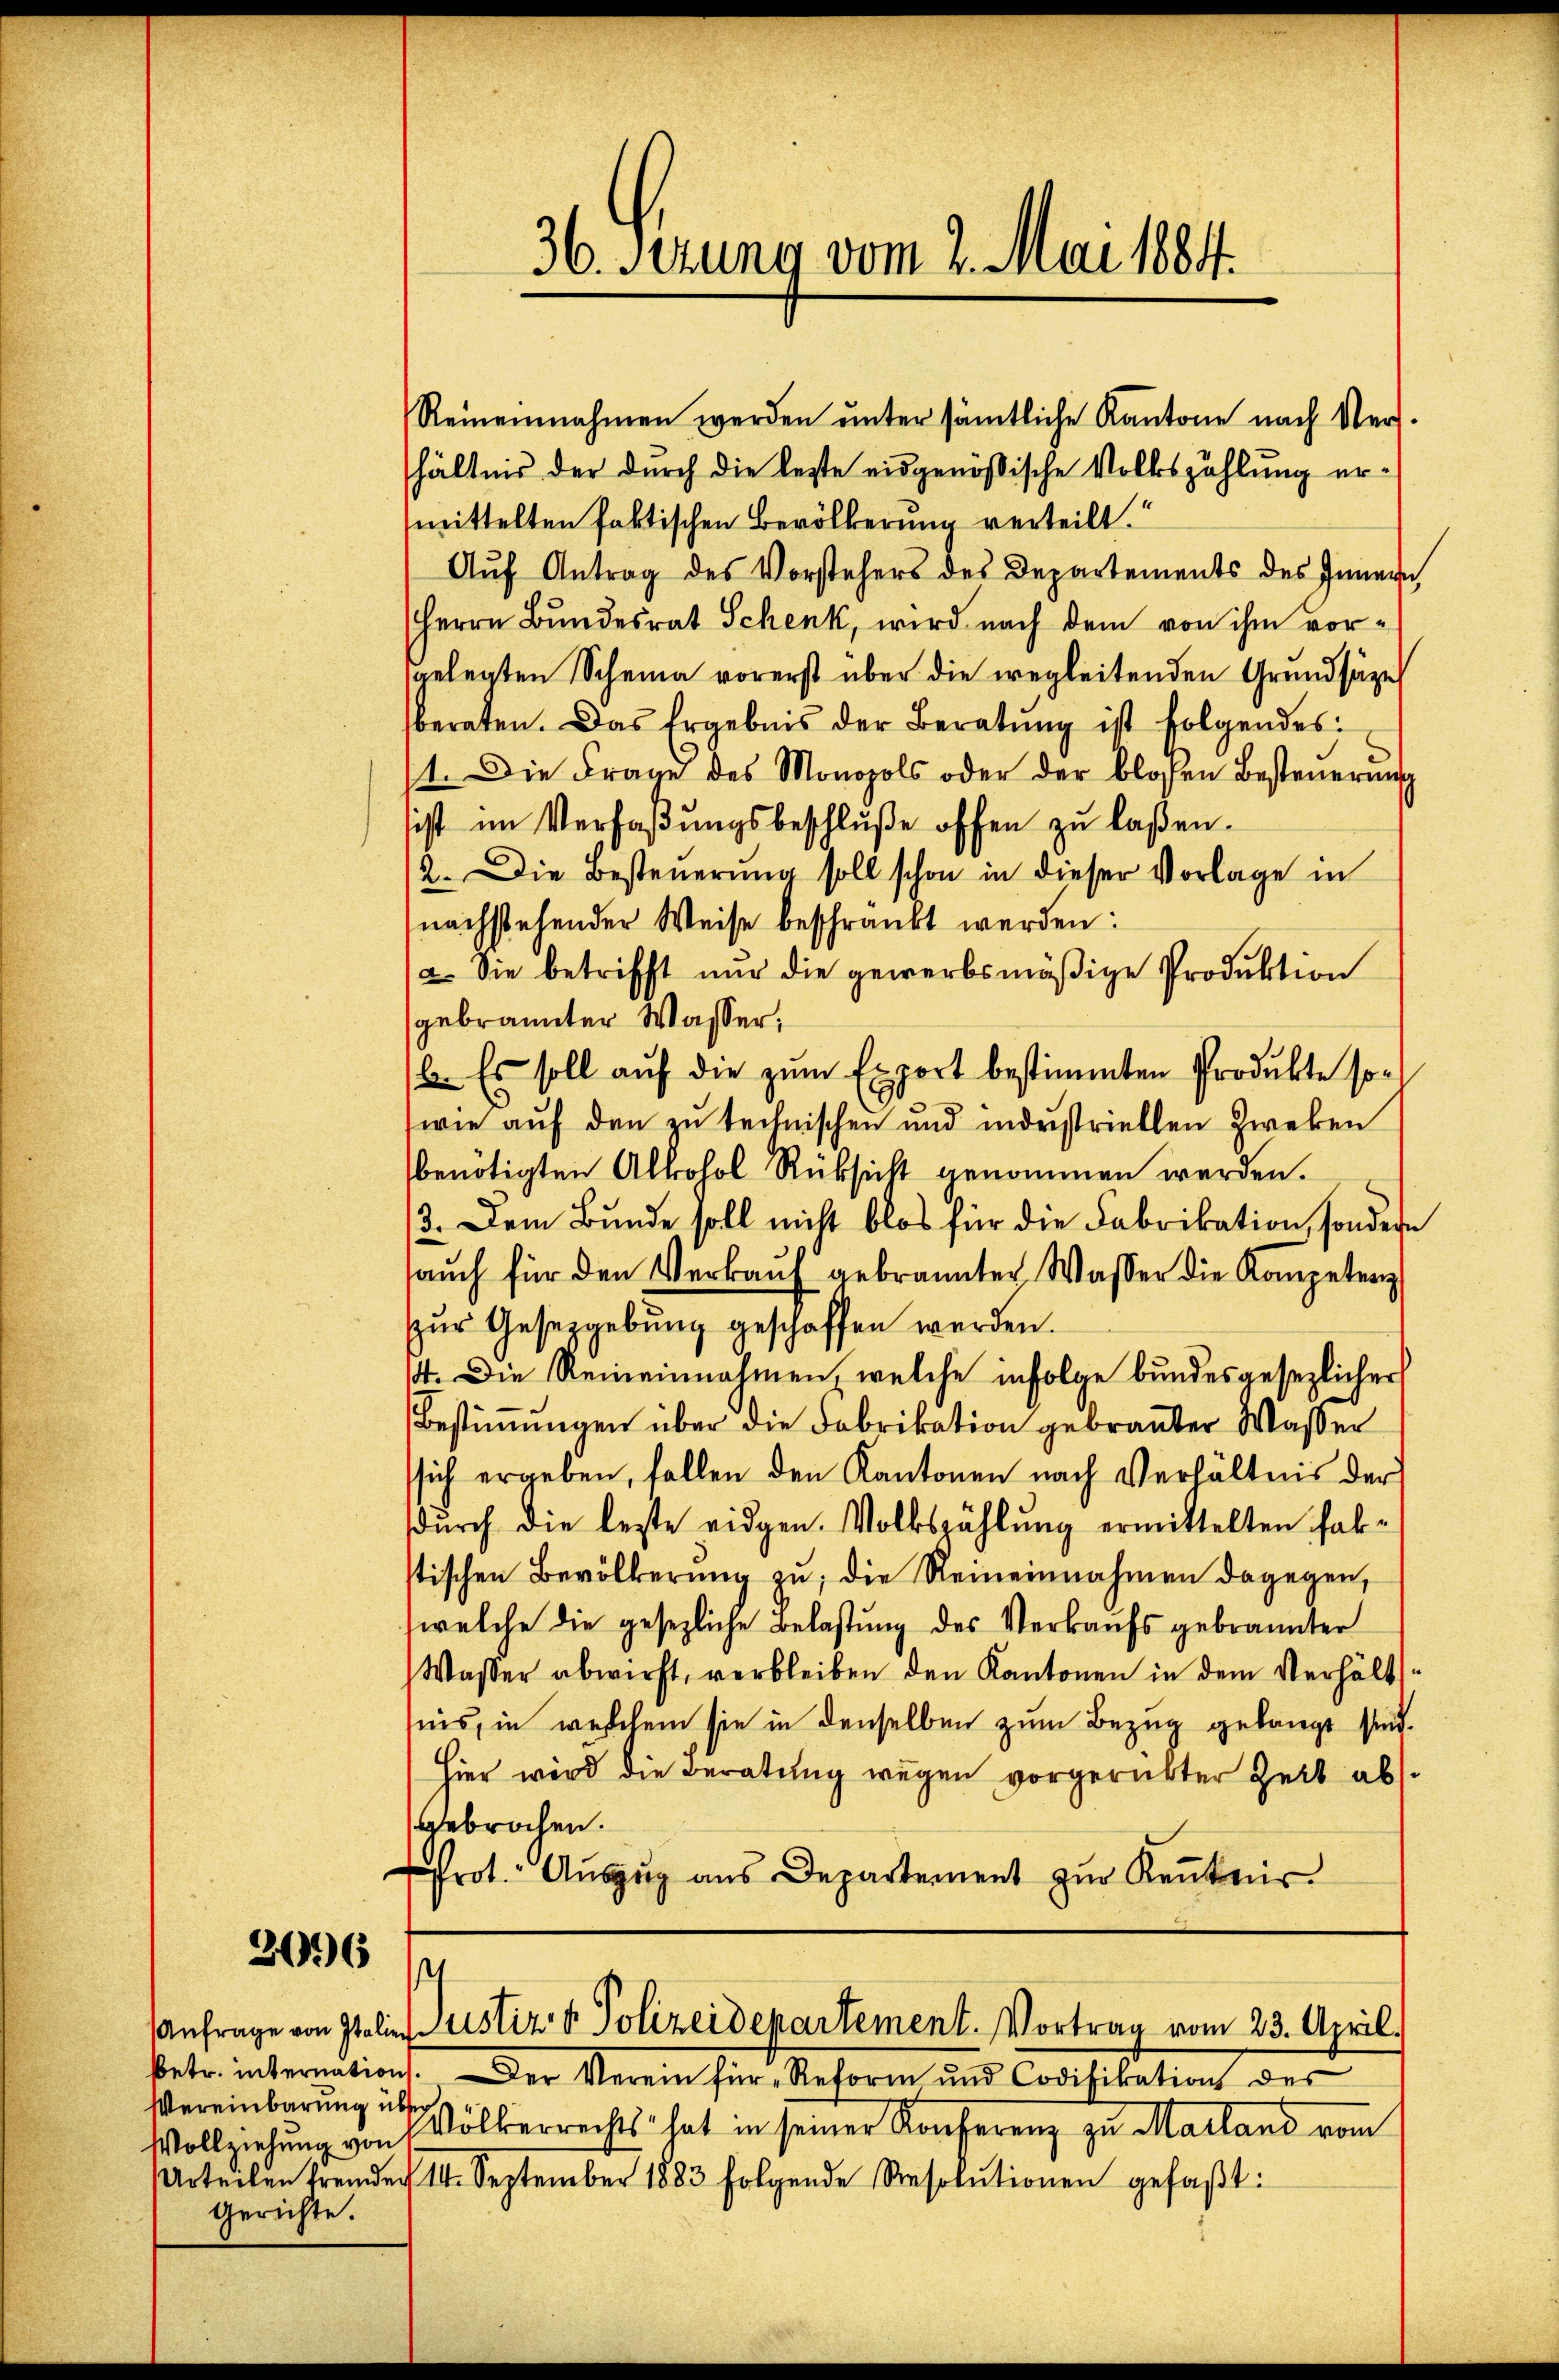
2096

Vereinbarung über
Gerichte.

36. Ferung vom 2. Mai 1884.

Reinennahmen werden ŭnter sämtliche Kantone nach Ver-
hältnis der durch die lezte eidgenössische Volkszählung ermittelten faktischen Bevölkerung verteilt.
Aŭf Antrag des Vorstehers des Departements des Innern
Herrn Bundesrat Schenk, wird nach dem von ihm vorgelegten Scheina vorerst über die wegleitenden Grundsätze
beraten. Das Ergebnis der Beratŭng ist folgendes:
1. Die Frane des Monopols oder der bloßen Besteŭerŭng
sist im Verfaßungsbeschluße offen zu laßen.
2. Die Besteŭerŭng soll schon in dieser Vorlage in
(nachstehender Weise beschränkt werden:
a. Sie betrifft nur die gewerbsmäßige Produktion
gebrannter Wasser;
/6. Es soll aŭf die zŭm Export bestimmten Produkte sor
wie auf den zu technischen und industriellen Zweken
benötigten Alkohol Rüksicht genommen werden.
3. Dem Bunde soll nicht blos für die Fabrikation, sondern
saŭch für den Verkaŭf gebrannter Wasser die Kompetenz
zur Gesetzgebung geschaffen werden.
14. Die Reineinnahmen, welche infolge bundesgesezlicher
Bestimmungen über die Fabrikation gebranter Waßer
sich ergeben, fallen den Kantonen nach Verhältnis der
dŭrch die letzte eidgen. Volkszählung ermittelten Fabstischen Bevölkerung zu, die Reineinnahmen dagegen,
welche die gesezliche Belastung des Verkaufs gebrannter
Waßer abwirft, verbleiben den Kantonen in dem Verhält-
nis, in welchem sie in denselben zum Bezug gelangt sind.
Hier wird die Beratung wegen vorgerückter Zeit ab.
gebrochen.
Prot. Aŭszŭg ans Departement zŭr Keṅtnis

s
Anfrage von Italie Justiz & Polizeidepartement. Vortrag vom 23. April.

betr. internations. Der Verein für Reform und Codifikation der
Vollziehung von Wölkerrechts hat in seiner Konferenz zu Marland vom
Urteilen fremden III. September 1883 folgende Resolutionen gefaßt: